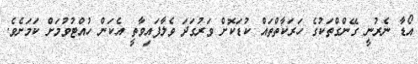
އޯޑާ ނެރުނީ ގޭންގްތަކުގެ ހަރަކާތްތައް ކުޑަކޮށް ވަރުގަދަ ވެލާފައިވާތީ އެކަން ހުއްޓުވުމަށް ކަމަށެވެ.